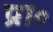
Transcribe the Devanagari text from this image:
प्रा॰